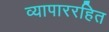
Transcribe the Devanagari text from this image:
व्यापाररहित